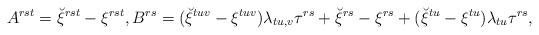
LaTeX: \begin{align*}A^{rst}=\breve\xi^{rst}-\xi^{rst}, B^{rs}= (\breve\xi^{tuv}-\xi^{tuv})\lambda_{tu,v}\tau^{rs}+\breve\xi^{rs}-\xi^{rs}+(\breve\xi^{tu}-\xi^{tu})\lambda_{tu}\tau^{rs},\end{align*}